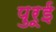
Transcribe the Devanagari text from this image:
पुरूई